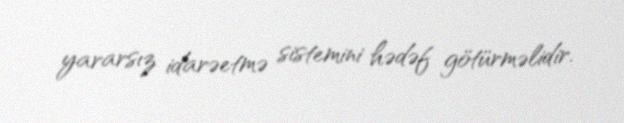
yararsız idarəetmə sistemini hədəf götürməlidir.